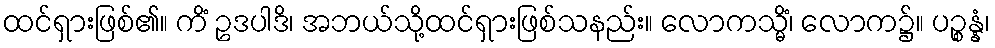
ထင်ရှားဖြစ်၏။ ကိံ ဥဒပါဒိ၊ အဘယ်သို့ထင်ရှားဖြစ်သနည်း။ လောကသ္မိံ၊ လောက၌။ ပဉ္စန္နံ၊